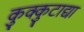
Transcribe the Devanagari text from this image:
कुक्कुटाद्या